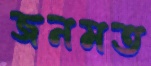
জনমত